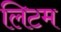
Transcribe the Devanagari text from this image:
लिटम